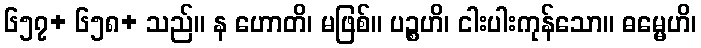
၆၅၇+ ၆၅၈+ သည်။ န ဟောတိ၊ မဖြစ်။ ပဉ္စဟိ၊ ငါးပါးကုန်သော။ ဓမ္မေဟိ၊